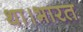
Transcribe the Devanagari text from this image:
था।भारत